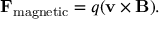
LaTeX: \mathbf { F } _ { \mathrm { m a g n e t i c } } = q ( \mathbf { v } \times \mathbf { B } ) .